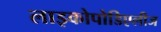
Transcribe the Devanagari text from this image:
लाइकोपोडिएलीज